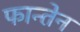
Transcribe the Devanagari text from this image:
फान्तेन